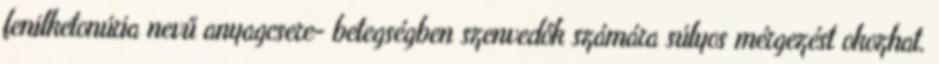
fenilketonúria nevű anyagcsere- betegségben szenvedők számára súlyos mérgezést okozhat.